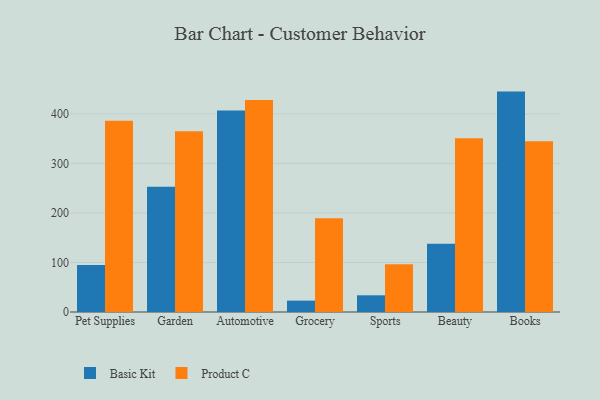
{"axis": {"x": "Category", "y": "Conversion Rate (%)"}, "legend": ["Basic Kit", "Product C"], "data": [{"x": "Pet Supplies", "y": 94.8, "type": "Basic Kit"}, {"x": "Pet Supplies", "y": 386.0, "type": "Product C"}, {"x": "Garden", "y": 252.8, "type": "Basic Kit"}, {"x": "Garden", "y": 365.1, "type": "Product C"}, {"x": "Automotive", "y": 406.9, "type": "Basic Kit"}, {"x": "Automotive", "y": 428.1, "type": "Product C"}, {"x": "Grocery", "y": 23.0, "type": "Basic Kit"}, {"x": "Grocery", "y": 189.3, "type": "Product C"}, {"x": "Sports", "y": 33.7, "type": "Basic Kit"}, {"x": "Sports", "y": 96.3, "type": "Product C"}, {"x": "Beauty", "y": 137.8, "type": "Basic Kit"}, {"x": "Beauty", "y": 350.8, "type": "Product C"}, {"x": "Books", "y": 445.1, "type": "Basic Kit"}, {"x": "Books", "y": 344.8, "type": "Product C"}]}